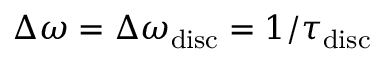
\Delta \omega = \Delta \omega _ { \mathrm { d i s c } } = 1 / \tau _ { \mathrm { d i s c } }